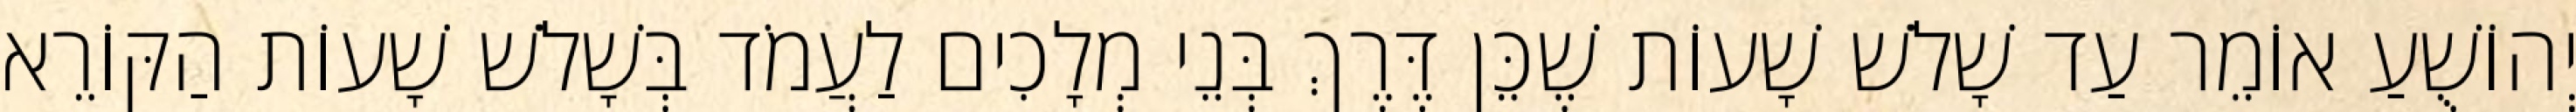
יְהוֹשֻׁעַ אוֹמֵר עַד שָׁלֹשׁ שָׁעוֹת שֶׁכֵּן דֶּרֶךְ בְּנֵי מְלָכִים לַעֲמֹד בְּשָׁלֹשׁ שָׁעוֹת הַקּוֹרֵא